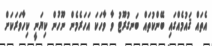
އެތައް ޤައުމެއްގައި ބޭންކުތައް ބަނގުރޫޓު ވާ ވާހަކަ އަހަރެމެން ނޫހުން ކިޔަނީ ކިހާވަރަކަށް